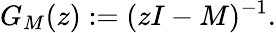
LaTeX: G_{M}(z):=(zI-M)^{-1}.